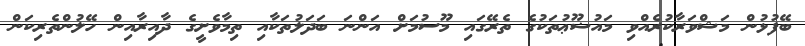
ބޭފުޅުން މަޝްވަރާކުރެއްވި މައުޟޫޢުތަކުގެ ތެރޭގައި މޫސުމަށް އަންނަ ބަދަލުތަކާއި ތިމާވެށީގެ ދާއިރާއިން ހޭލުންތެރިކަން